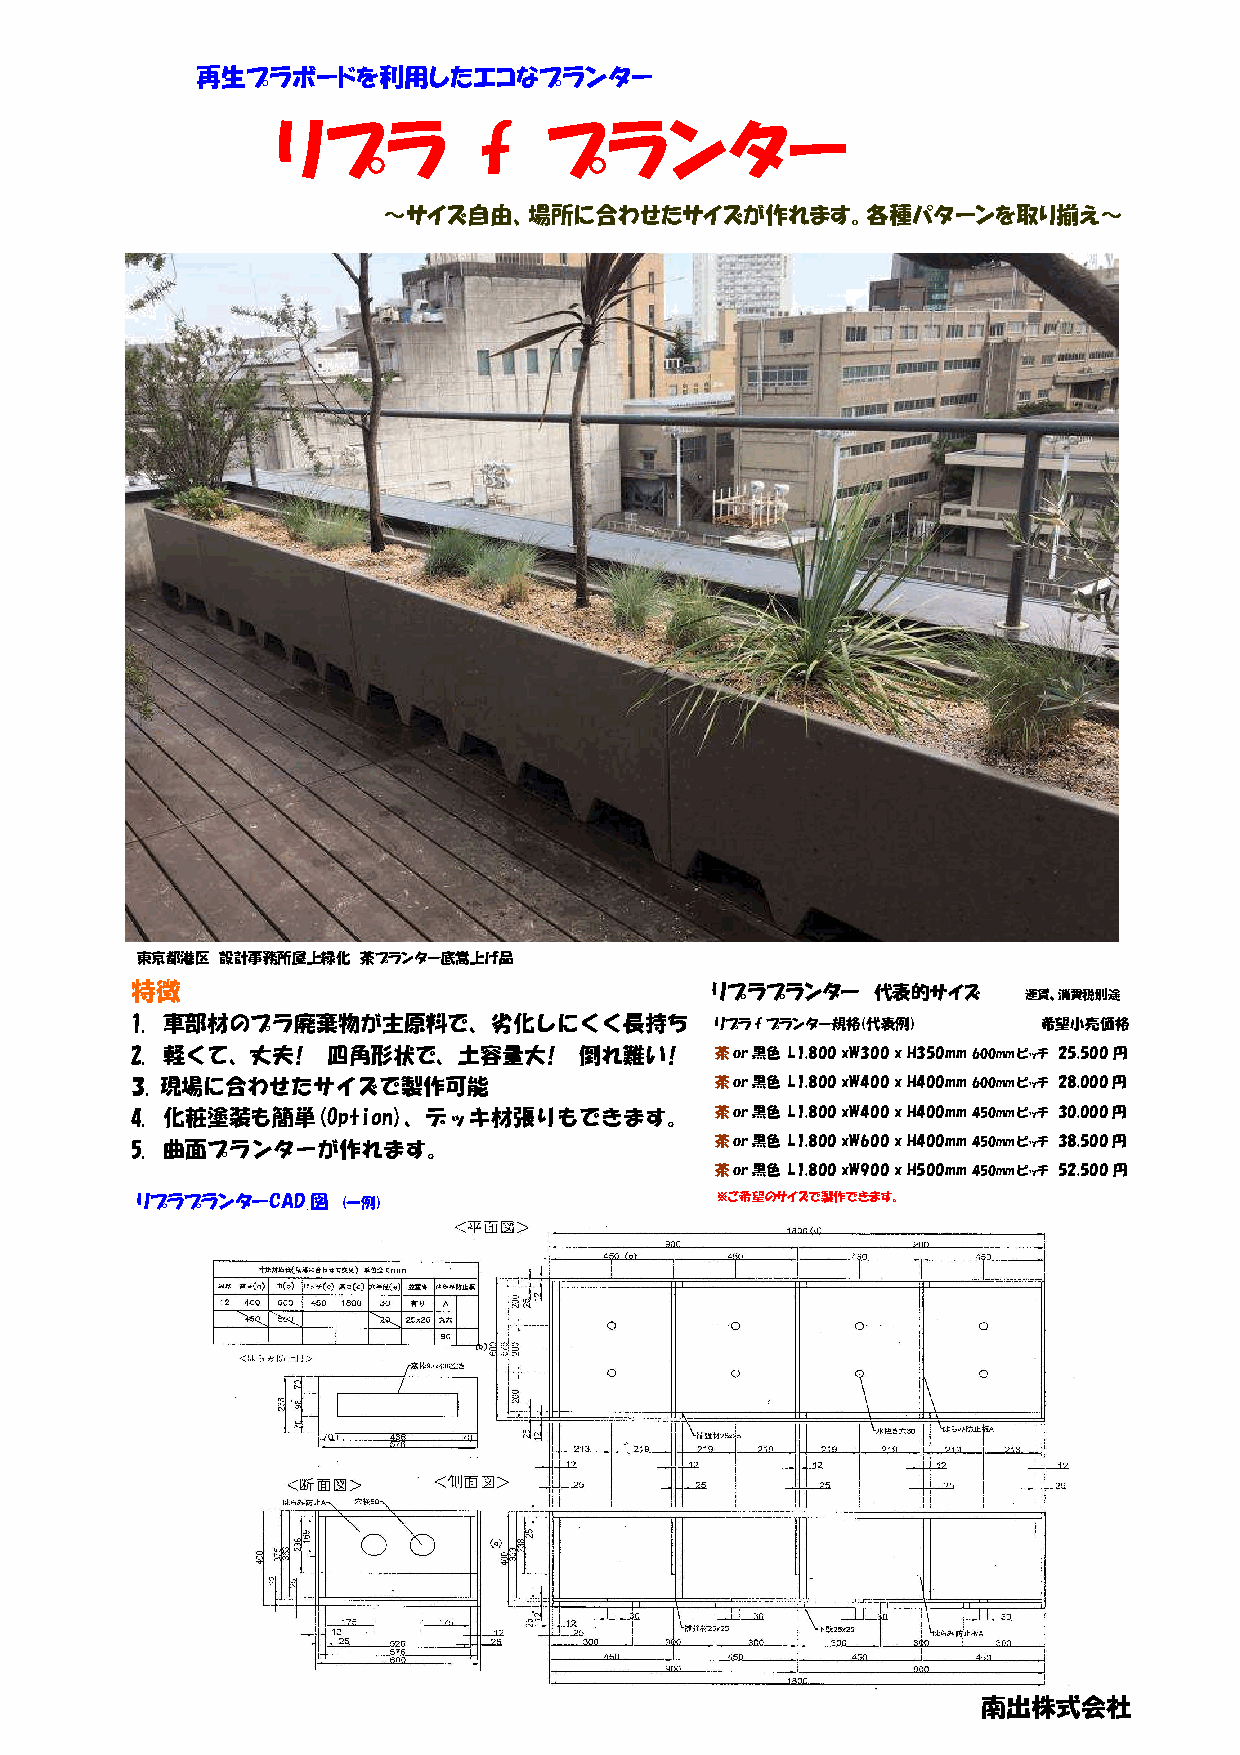
再生プラボードを利用したエコなプランター
 リプラ           f   プランター
 ～サイズ自由、場所に合わせたサイズが作れます。各種パターンを取り揃え～
 東京都港区 設計事務所屋上緑化 茶プランター底嵩上げ品
 特徴                                    リプラプランター   代表的サイズ    運賃、消費税別途
 1. 車 部材のプラ廃棄物が主原料で、劣化しにくく長持ち          リプ ラ fプ ラ ン タ ー 規 格 (代 表 例 ) 希 望 小売価格
 2. 軽くて、丈夫!   四角形状で、土容量大!     倒れ難い!    茶or黒色 L1,800 xW300 x H350mm 600mmピッチ 25,500円
 3. 現 場に合わせたサイズで製作可能                   茶or黒色 L1,800 xW400 x H400mm 600mmピッチ 28,000円
 4. 化 粧塗装も簡単(Option)、デッキ材張りもできます。      茶or黒色 L1,800 xW400 x H400mm 450mmピッチ 30,000円
 5. 曲面プランターが作れます。                      茶or黒色 L1,800 xW600 x H400mm 450mmピッチ 38,500円
 茶or黒色 L1,800 xW900 x H500mm 450mmピッチ 52,500円
 リプラ プランターCAD図 (一例)                    ※ご希望のサイズで製作できます。
 南出株式会社